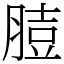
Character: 䐍